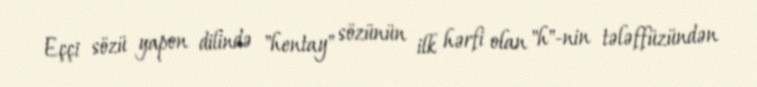
Eççi sözü yapon dilində "hentay" sözünün ilk hərfi olan "h"-nin tələffüzündən